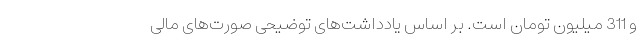
و 311 میلیون تومان است. ‌بر اساس یادداشت‌های توضیحی صورت‌های مالی